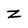
Character: Z